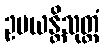
ဥပယန္တိသုတ္တံ